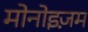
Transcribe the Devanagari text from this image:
मोनोइज़म